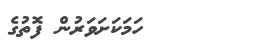
ހަމަކަށަވަރުން ފޮތުގެ